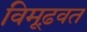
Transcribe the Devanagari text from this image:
विमूढ़वत